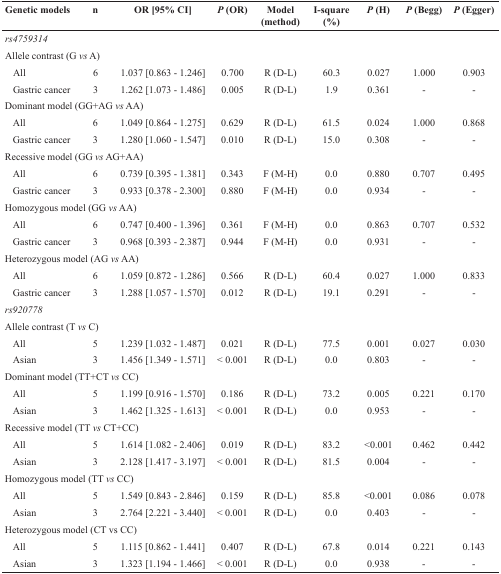
<table><thead><tr><td><b>Genetic models</b></td><td><b>n</b></td><td><b>OR [95% CI]</b></td><td><b><i>P</i> (OR)</b></td><td><b>Model (method)</b></td><td><b>I-square (%)</b></td><td><b><i>P</i> (H)</b></td><td><b><i>P</i> (Begg)</b></td><td><b><i>P</i> (Egger)</b></td></tr></thead><tbody><tr><td colspan="9"><i>rs4759314</i></td></tr><tr><td colspan="9">Allele contrast (G <i>vs</i> A)</td></tr><tr><td> All</td><td>6</td><td>1.037 [0.863 - 1.246]</td><td>0.700</td><td>R (D-L)</td><td>60.3</td><td>0.027</td><td>1.000</td><td>0.903</td></tr><tr><td> Gastric cancer</td><td>3</td><td>1.262 [1.073 - 1.486]</td><td>0.005</td><td>R (D-L)</td><td>1.9</td><td>0.361</td><td>-</td><td>-</td></tr><tr><td colspan="9">Dominant model (GG+AG <i>vs</i> AA)</td></tr><tr><td> All</td><td>6</td><td>1.049 [0.864 - 1.275]</td><td>0.629</td><td>R (D-L)</td><td>61.5</td><td>0.024</td><td>1.000</td><td>0.868</td></tr><tr><td> Gastric cancer</td><td>3</td><td>1.280 [1.060 - 1.547]</td><td>0.010</td><td>R (D-L)</td><td>15.0</td><td>0.308</td><td>-</td><td>-</td></tr><tr><td colspan="9">Recessive model (GG <i>vs</i> AG+AA)</td></tr><tr><td> All</td><td>6</td><td>0.739 [0.395 - 1.381]</td><td>0.343</td><td>F (M-H)</td><td>0.0</td><td>0.880</td><td>0.707</td><td>0.495</td></tr><tr><td> Gastric cancer</td><td>3</td><td>0.933 [0.378 - 2.300]</td><td>0.880</td><td>F (M-H)</td><td>0.0</td><td>0.934</td><td>-</td><td>-</td></tr><tr><td colspan="9">Homozygous model (GG <i>vs</i> AA)</td></tr><tr><td> All</td><td>6</td><td>0.747 [0.400 - 1.396]</td><td>0.361</td><td>F (M-H)</td><td>0.0</td><td>0.863</td><td>0.707</td><td>0.532</td></tr><tr><td> Gastric cancer</td><td>3</td><td>0.968 [0.393 - 2.387]</td><td>0.944</td><td>F (M-H)</td><td>0.0</td><td>0.931</td><td>-</td><td>-</td></tr><tr><td colspan="9">Heterozygous model (AG <i>vs</i> AA)</td></tr><tr><td> All</td><td>6</td><td>1.059 [0.872 - 1.286]</td><td>0.566</td><td>R (D-L)</td><td>60.4</td><td>0.027</td><td>1.000</td><td>0.833</td></tr><tr><td> Gastric cancer</td><td>3</td><td>1.288 [1.057 - 1.570]</td><td>0.012</td><td>R (D-L)</td><td>19.1</td><td>0.291</td><td>-</td><td>-</td></tr><tr><td colspan="9"><i>rs920778</i></td></tr><tr><td colspan="9">Allele contrast (T <i>vs</i> C)</td></tr><tr><td> All</td><td>5</td><td>1.239 [1.032 - 1.487]</td><td>0.021</td><td>R (D-L)</td><td>77.5</td><td>0.001</td><td>0.027</td><td>0.030</td></tr><tr><td> Asian</td><td>3</td><td>1.456 [1.349 - 1.571]</td><td>&lt; 0.001</td><td>R (D-L)</td><td>0.0</td><td>0.803</td><td>-</td><td>-</td></tr><tr><td colspan="9">Dominant model (TT+CT <i>vs</i> CC)</td></tr><tr><td> All</td><td>5</td><td>1.199 [0.916 - 1.570]</td><td>0.186</td><td>R (D-L)</td><td>73.2</td><td>0.005</td><td>0.221</td><td>0.170</td></tr><tr><td> Asian</td><td>3</td><td>1.462 [1.325 - 1.613]</td><td>&lt; 0.001</td><td>R (D-L)</td><td>0.0</td><td>0.953</td><td>-</td><td>-</td></tr><tr><td colspan="9">Recessive model (TT <i>vs</i> CT+CC)</td></tr><tr><td> All</td><td>5</td><td>1.614 [1.082 - 2.406]</td><td>0.019</td><td>R (D-L)</td><td>83.2</td><td>&lt;0.001</td><td>0.462</td><td>0.442</td></tr><tr><td> Asian</td><td>3</td><td>2.128 [1.417 - 3.197]</td><td>&lt; 0.001</td><td>R (D-L)</td><td>81.5</td><td>0.004</td><td>-</td><td>-</td></tr><tr><td colspan="9">Homozygous model (TT <i>vs</i> CC)</td></tr><tr><td> All</td><td>5</td><td>1.549 [0.843 - 2.846]</td><td>0.159</td><td>R (D-L)</td><td>85.8</td><td>&lt;0.001</td><td>0.086</td><td>0.078</td></tr><tr><td> Asian</td><td>3</td><td>2.764 [2.221 - 3.440]</td><td>&lt; 0.001</td><td>R (D-L)</td><td>0.0</td><td>0.403</td><td>-</td><td>-</td></tr><tr><td colspan="9">Heterozygous model (CT vs CC)</td></tr><tr><td> All</td><td>5</td><td>1.115 [0.862 - 1.441]</td><td>0.407</td><td>R (D-L)</td><td>67.8</td><td>0.014</td><td>0.221</td><td>0.143</td></tr><tr><td> Asian</td><td>3</td><td>1.323 [1.194 - 1.466]</td><td>&lt; 0.001</td><td>R (D-L)</td><td>0.0</td><td>0.938</td><td>-</td><td>-</td></tr></tbody></table>